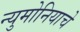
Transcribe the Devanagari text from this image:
न्युमोनियाचे